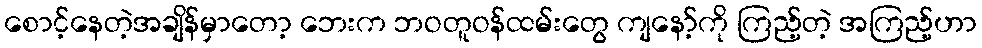
စောင့်နေတဲ့အချိန်မှာတော့ ဘေးက ဘဝတူဝန်ထမ်းတွေ ကျနော့်ကို ကြည့်တဲ့ အကြည့်ဟာ